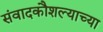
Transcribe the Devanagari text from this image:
संवादकौशल्याच्या